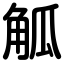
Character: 觚